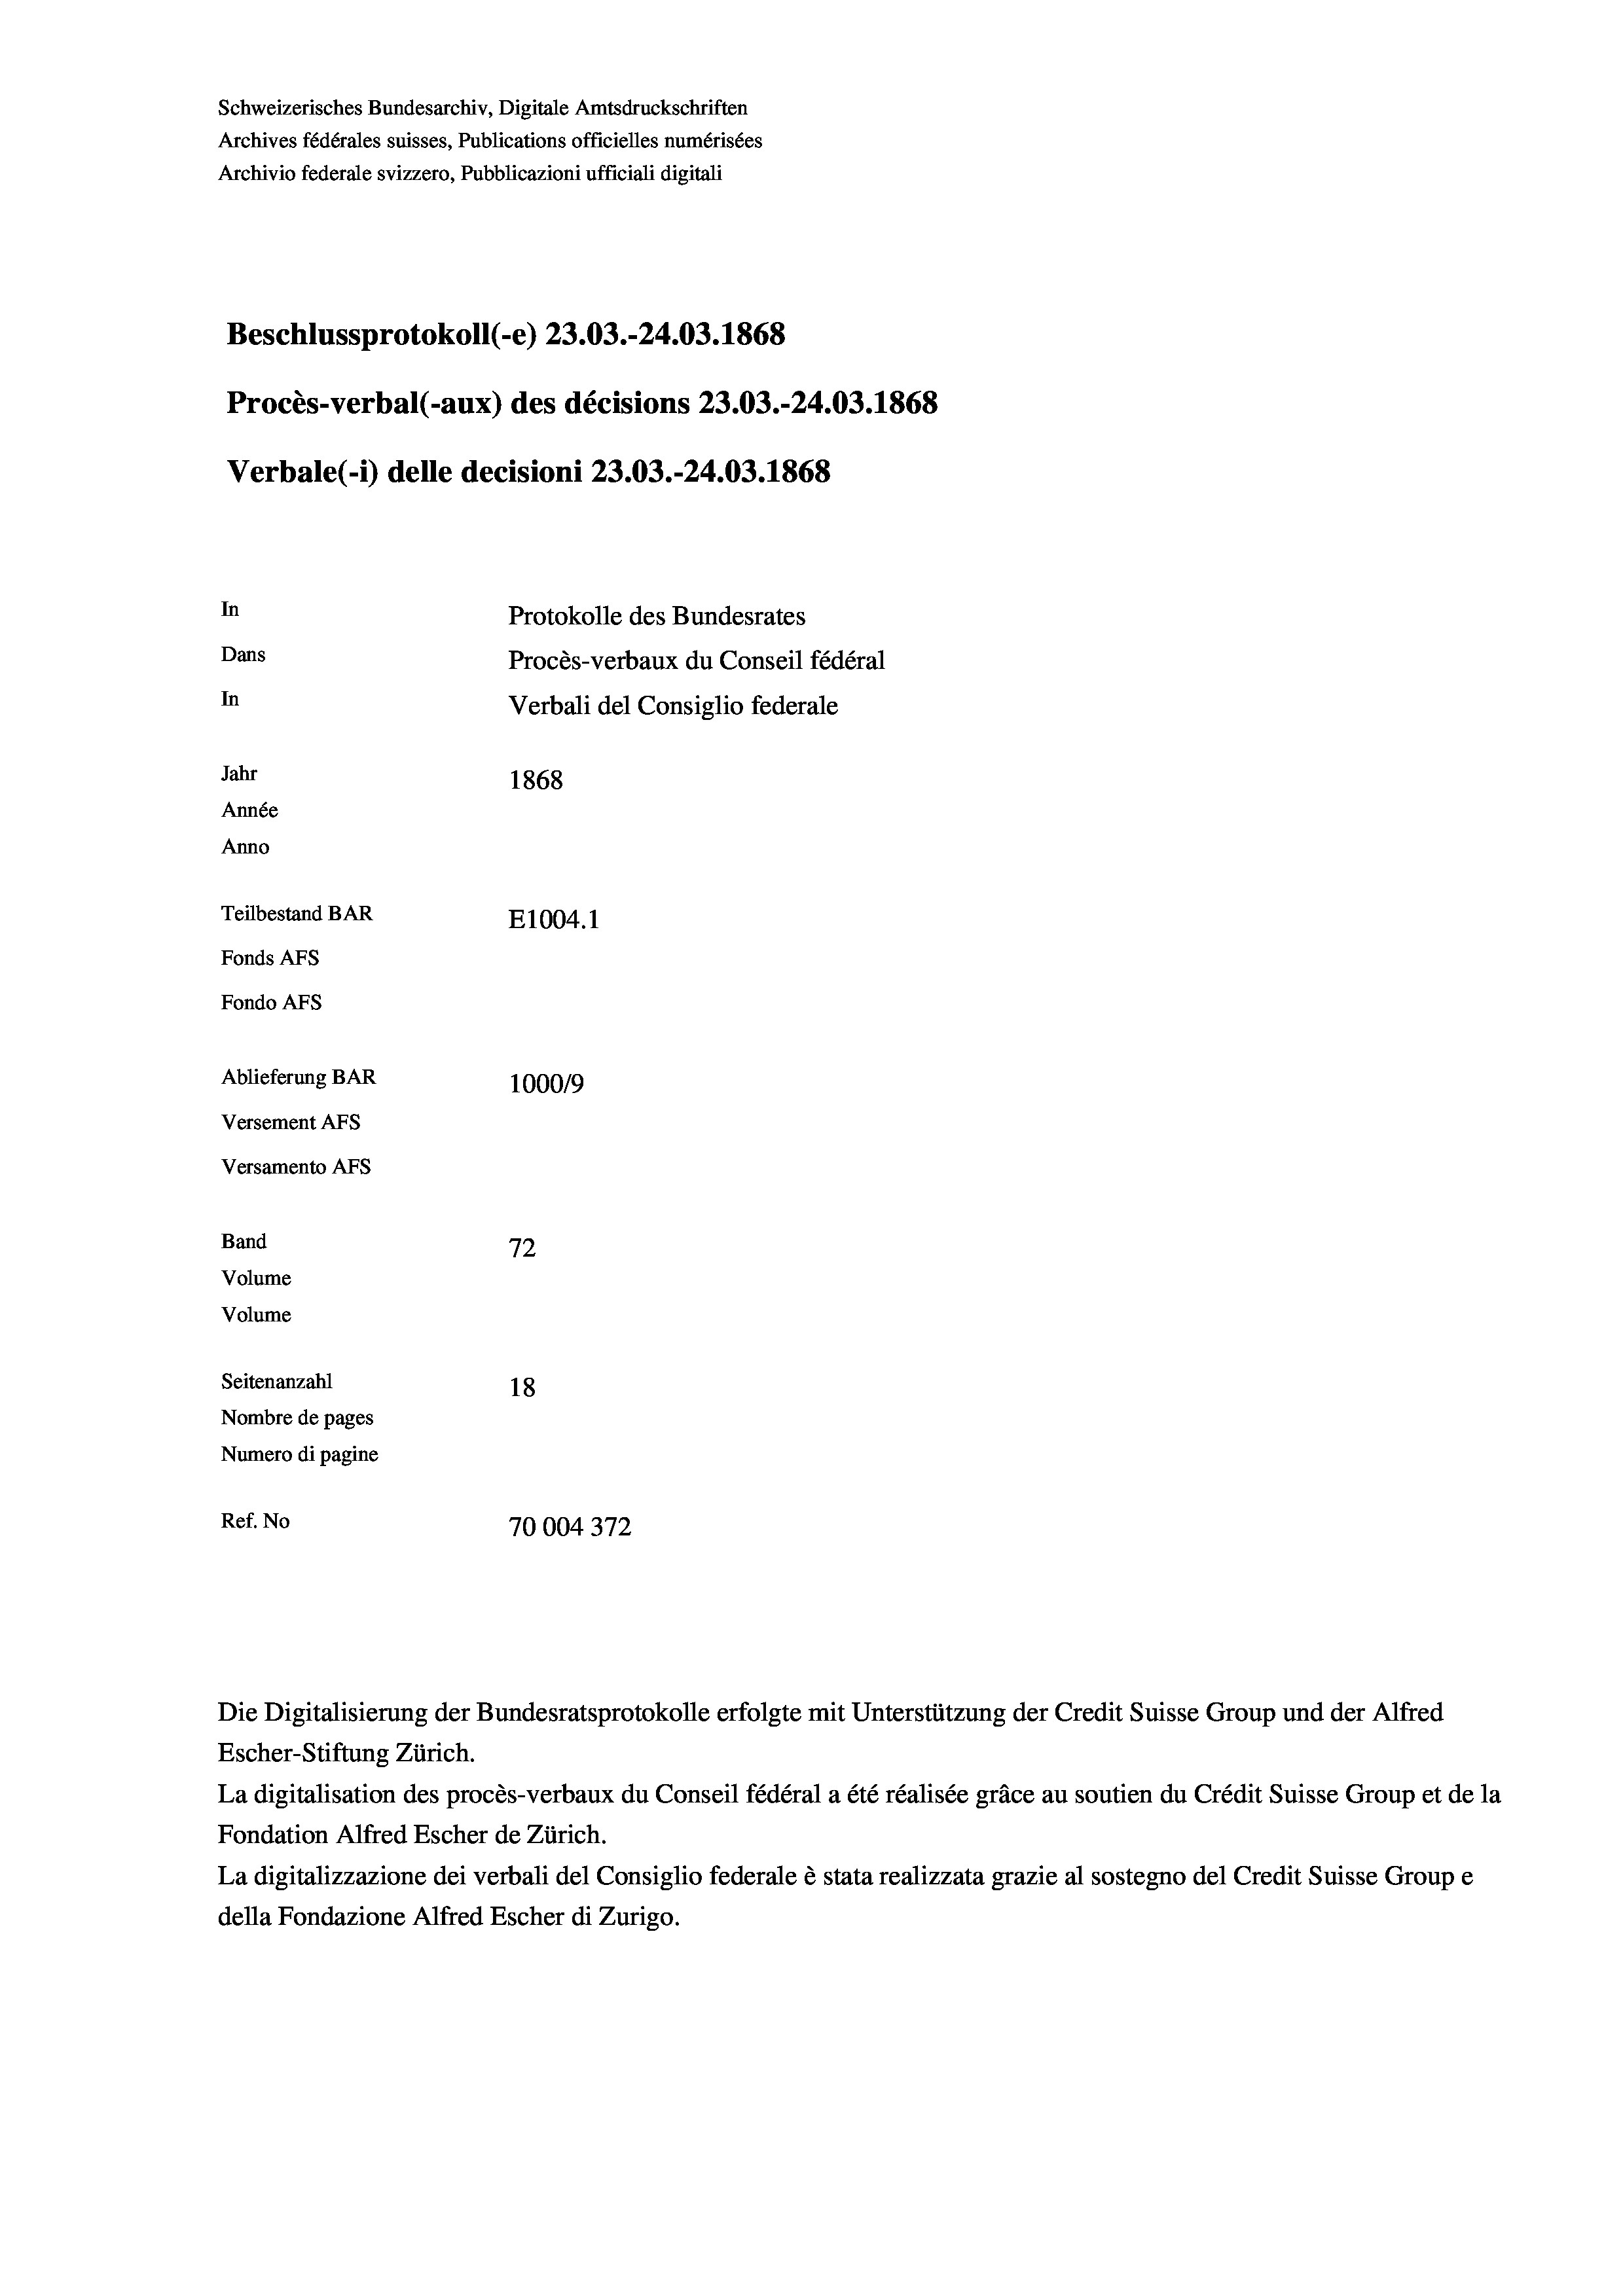
Schweizerisches Bundesarchiv, Digitale Amtsdruckschriften
Archives fédérales suisses, Publications officielles numérisées
Archivio federale svizzero, Pubblicazioni ufficiali digitali
Beschlussprotokoll (-e) 23.03.-24.03. 1868
Procès-verbal (-aux) des décisions 23.03.-24.03. 1868
Verbale(-*) delle decisioni 23.03.-24.03. 1868
In
Protokolle des Bundesrates
Dans
Procès-verbaux du Conseil fédéral
In
Verbali del Consiglio federale
Jahr
1868
Année
Anno
Teilbestand BAR
E1004. 1
Fonds AFs
Fondo Afs
Ablieferung BAR
100019
Versement AFs
Versamento Afs
.
Band
72
Volume
Volume
Seitenanzahl
18
Nombre de pages
Numero di pagine
Ref. No
70004 372

La digitalisation des procès-verbaux du Conseil fédéral a été réalisée gräce au soutien du Crédit Suisse Group et de la
Fondation Alfred Escher de Zürich.
La digitalizzazione dei verbali del Consiglio federale è stata realizzata grazie al sostegno del Credit Suisse Groupe
della Fondazione Alfred Escher di Zurigo.

Die Digitalisierung der Bundesratsprotokolle erfolgte mit Unterstützung der Credit Suisse Group und der Alfred
Escher-Stiftung Zürich.